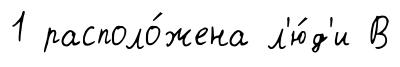
1 располо́жена л'ю́д'и В